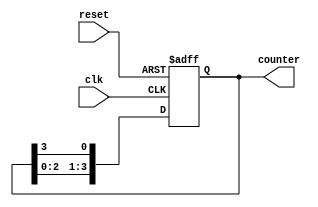
module ring_counter (
    input wire clk,
    input wire reset,
    output reg [3:0] counter
);

// Define D flip-flops
reg [3:0] d_ff;

always @(posedge clk or posedge reset) begin
    if (reset) begin
        d_ff <= 4'b0001;
    end else begin
        d_ff <= {d_ff[2:0], d_ff[3]};
    end
end

assign counter = d_ff;

endmodule